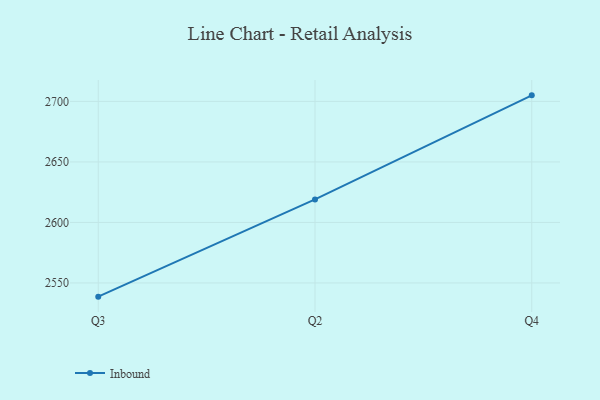
{"axis": {"x": "Quarter", "y": "Headcount"}, "legend": ["Inbound"], "data": [{"x": "Q3", "y": 2538.7, "type": "Inbound"}, {"x": "Q2", "y": 2619.0, "type": "Inbound"}, {"x": "Q4", "y": 2705.0, "type": "Inbound"}]}